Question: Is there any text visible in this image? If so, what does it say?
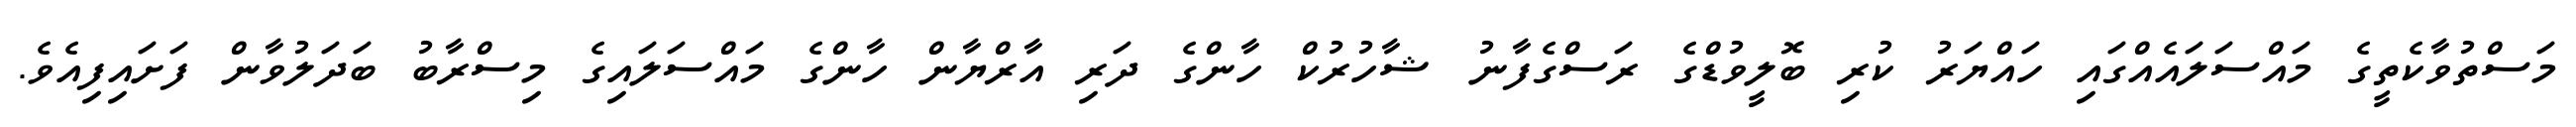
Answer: މަސްތުވާކެތީގެ މައްސަލައެއްގައި ހައްޔަރު ކުރި ބޮލީވުޑްގެ ރަސްގެފާނު ޝާހުރުކް ހާންގެ ދަރި އާރްޔާން ހާންގެ މައްސަލައިގެ މިސްރާބު ބަދަލުވާން ފަށައިފިއެވެ.